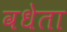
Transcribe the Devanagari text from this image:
वधेता